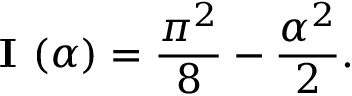
{ \textbf { I } } ( \alpha ) = { \frac { \pi ^ { 2 } } { 8 } } - { \frac { \alpha ^ { 2 } } { 2 } } .